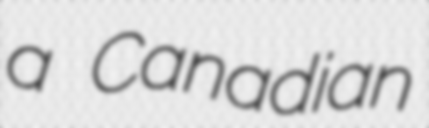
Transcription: a Canadian